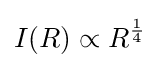
I(R)\propto R^{\frac {1}{4}}